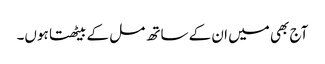
آج بھی میں ان کے ساتھ مل کے بیٹھتا ہوں۔